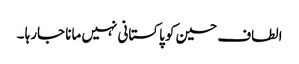
الطاف حسین کو پاکستانی نہیں مانا جارہا ۔